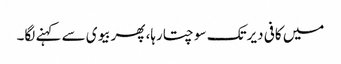
میں کافی دیرتک سوچتارہا، پھربیوی سے کہنے لگا۔